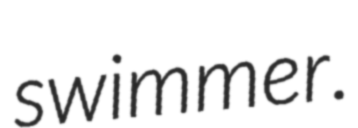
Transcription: swimmer.